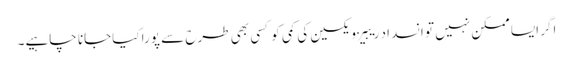
اگر ایسا ممکن نہیں تو انسداد ریبیز ویکسین کی کمی کو کسی بھی طرح سے پورا کیاجانا چاہیے۔